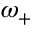
\omega _ { + }